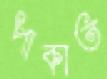
পাকাত